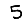
Digit: 5